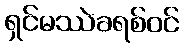
ရှင်မဿဲခရစ်ဝင်